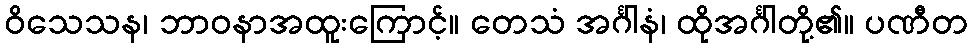
ဝိသေသန၊ ဘာဝနာအထူးကြောင့်။ တေသံ အင်္ဂါနံ၊ ထိုအင်္ဂါတို့၏။ ပဏီတ